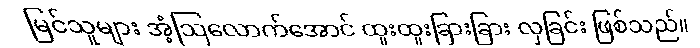
မြင်သူများ အံ့ဩလောက်အောင် ထူးထူးခြားခြား လှခြင်း ဖြစ်သည်။